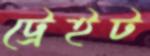
ট্রেইট